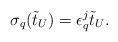
LaTeX: \begin{align*} \sigma_q(\tilde{t}_U)=\epsilon_q^j\tilde{t}_U.\end{align*}